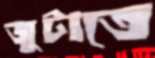
জুটাতে